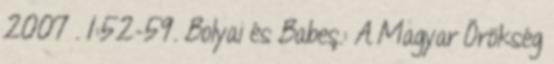
2007 . 1:52-59. Bolyai és Babeş.: A Magyar Örökség